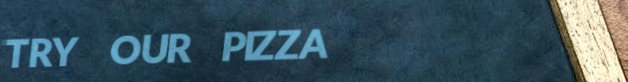
TRY OUR PIZZA